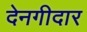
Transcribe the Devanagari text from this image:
देनगीदार